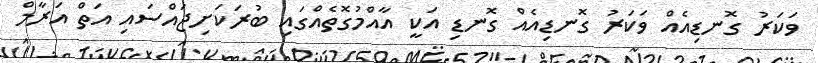
ވަކަރު ގޮނޑިއެއް ވަކަރު ގޮނޑިއެއް ގޮނޑި އަކީ އާއްމުގޮތެއްގައި ބުރަކަށިޖައްސައި އަތް އަރާމް